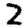
Digit: 2